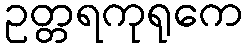
ဥတ္တရကုရုကေ